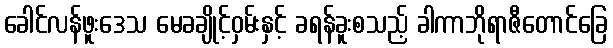
ခေါင်လန်ဖူးဒေသ မေခချိုင့်ဝှမ်းနှင့် ခရန်ခူးစသည့် ခါကာဘိုရာဇီတောင်ခြေ